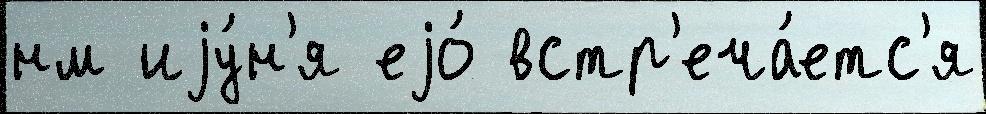
нм иjу́н'я еjо́ встр'еча́етс'я